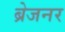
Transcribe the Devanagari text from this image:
ब्रेजनर